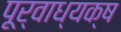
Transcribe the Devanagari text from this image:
पूर्वाध्यक्ष